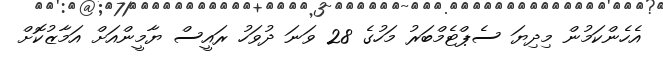
އެހެންކަމުން މިދިޔަ ސެޕްޓެމްބަރު މަހުގެ 28 ވަނަ ދުވަހު ރައީސް ޔާމީންއަށް އަމާޒުކޮށް